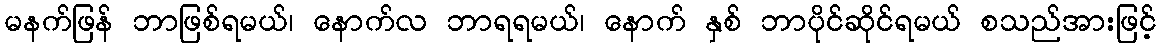
မနက်ဖြန် ဘာဖြစ်ရမယ်၊ နောက်လ ဘာရရမယ်၊ နောက် နှစ် ဘာပိုင်ဆိုင်ရမယ် စသည်အားဖြင့်